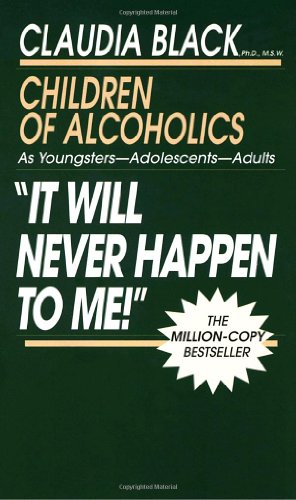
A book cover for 'It Will Never Happen to Me!' Children of Alcoholics: As Youngsters - Adolescents - Adults; Claudia Black; Parenting & Relationships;